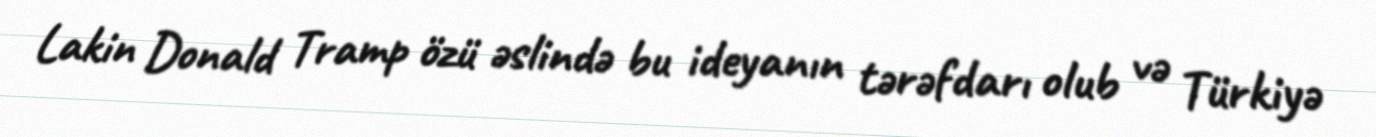
Lakin Donald Tramp özü əslində bu ideyanın tərəfdarı olub və Türkiyə